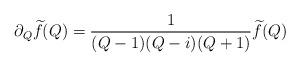
LaTeX: \begin{align*} \partial_Q \widetilde{f}(Q) = \frac{1}{(Q-1)(Q-i)(Q+1)} \widetilde{f}(Q)\end{align*}